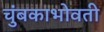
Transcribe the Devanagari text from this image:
चुंबकाभोवती